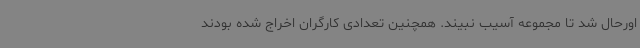
اورحال شد تا مجموعه آسیب نبیند. همچنین تعدادی کارگران اخراج شده بودند